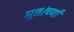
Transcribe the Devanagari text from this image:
मूतीर्च्या